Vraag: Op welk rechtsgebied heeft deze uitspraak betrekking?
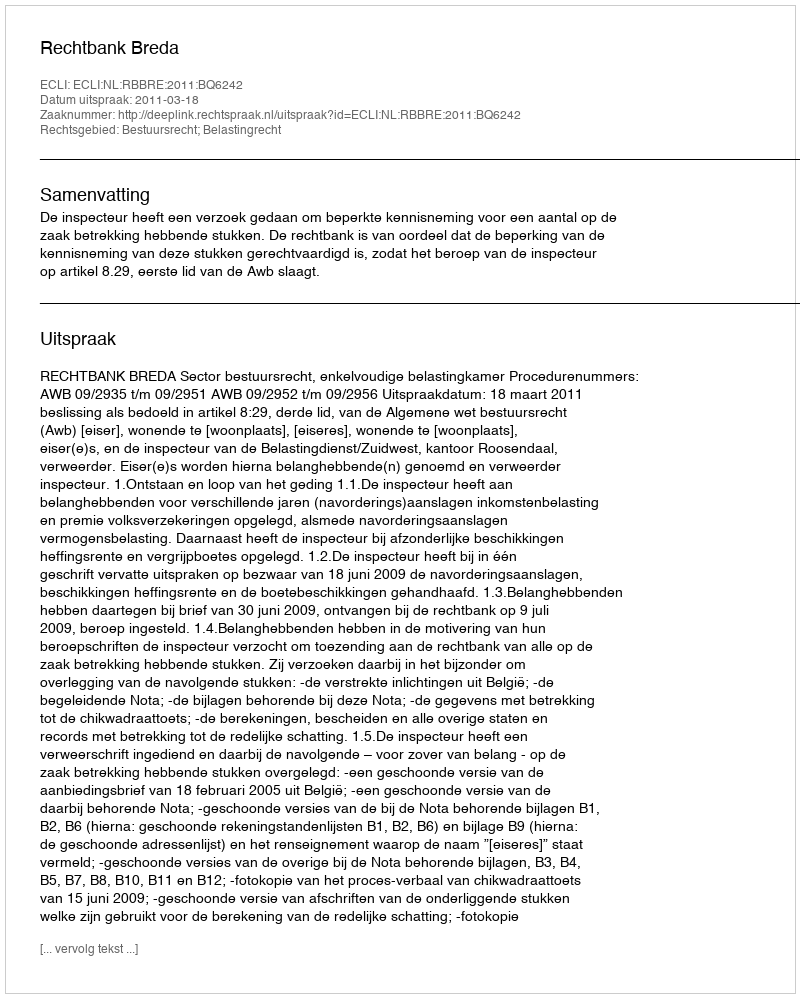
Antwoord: Bestuursrecht; Belastingrecht